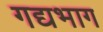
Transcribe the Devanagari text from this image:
गद्यभाग